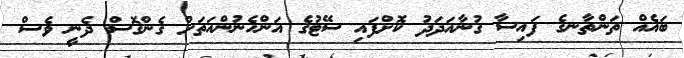
ބައެއް ތަންތާނގެ ފައިސާ ގުނާއަދަދު ކޮށްފައި ސޭޓުގެ އަންހެނުންއަތަށް ގެންގޮސް ދެނީ ވެސް